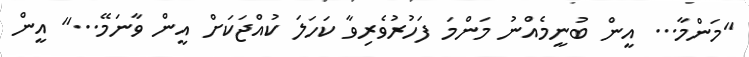
"މަންމާ... އީން ބުނީމެއްނު މަންމަ ފަހުރުވެރިވާ ކަހަލަ ކުއްޖަކަށް އީން ވާނަމޭ..." އީން